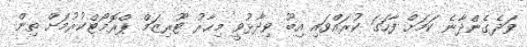
ވަދެގެންދާނެ ކަމަށް ފާހަގަ ކުރައްވައި އިބޫ ވިދާޅުވީ މިހާރު ޓޫރިޒަމް ޕްރޮމޯޓްކުރުމަށް ތިން